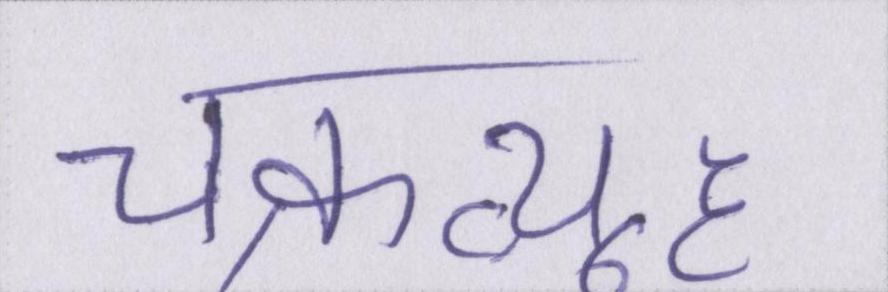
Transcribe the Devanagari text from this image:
चक्रव्यूह